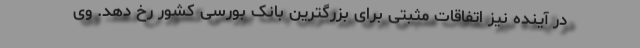
در آینده نیز اتفاقات مثبتی برای بزرگترین بانک بورسی کشور رخ دهد. وی